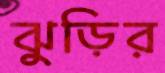
ঝুড়ির